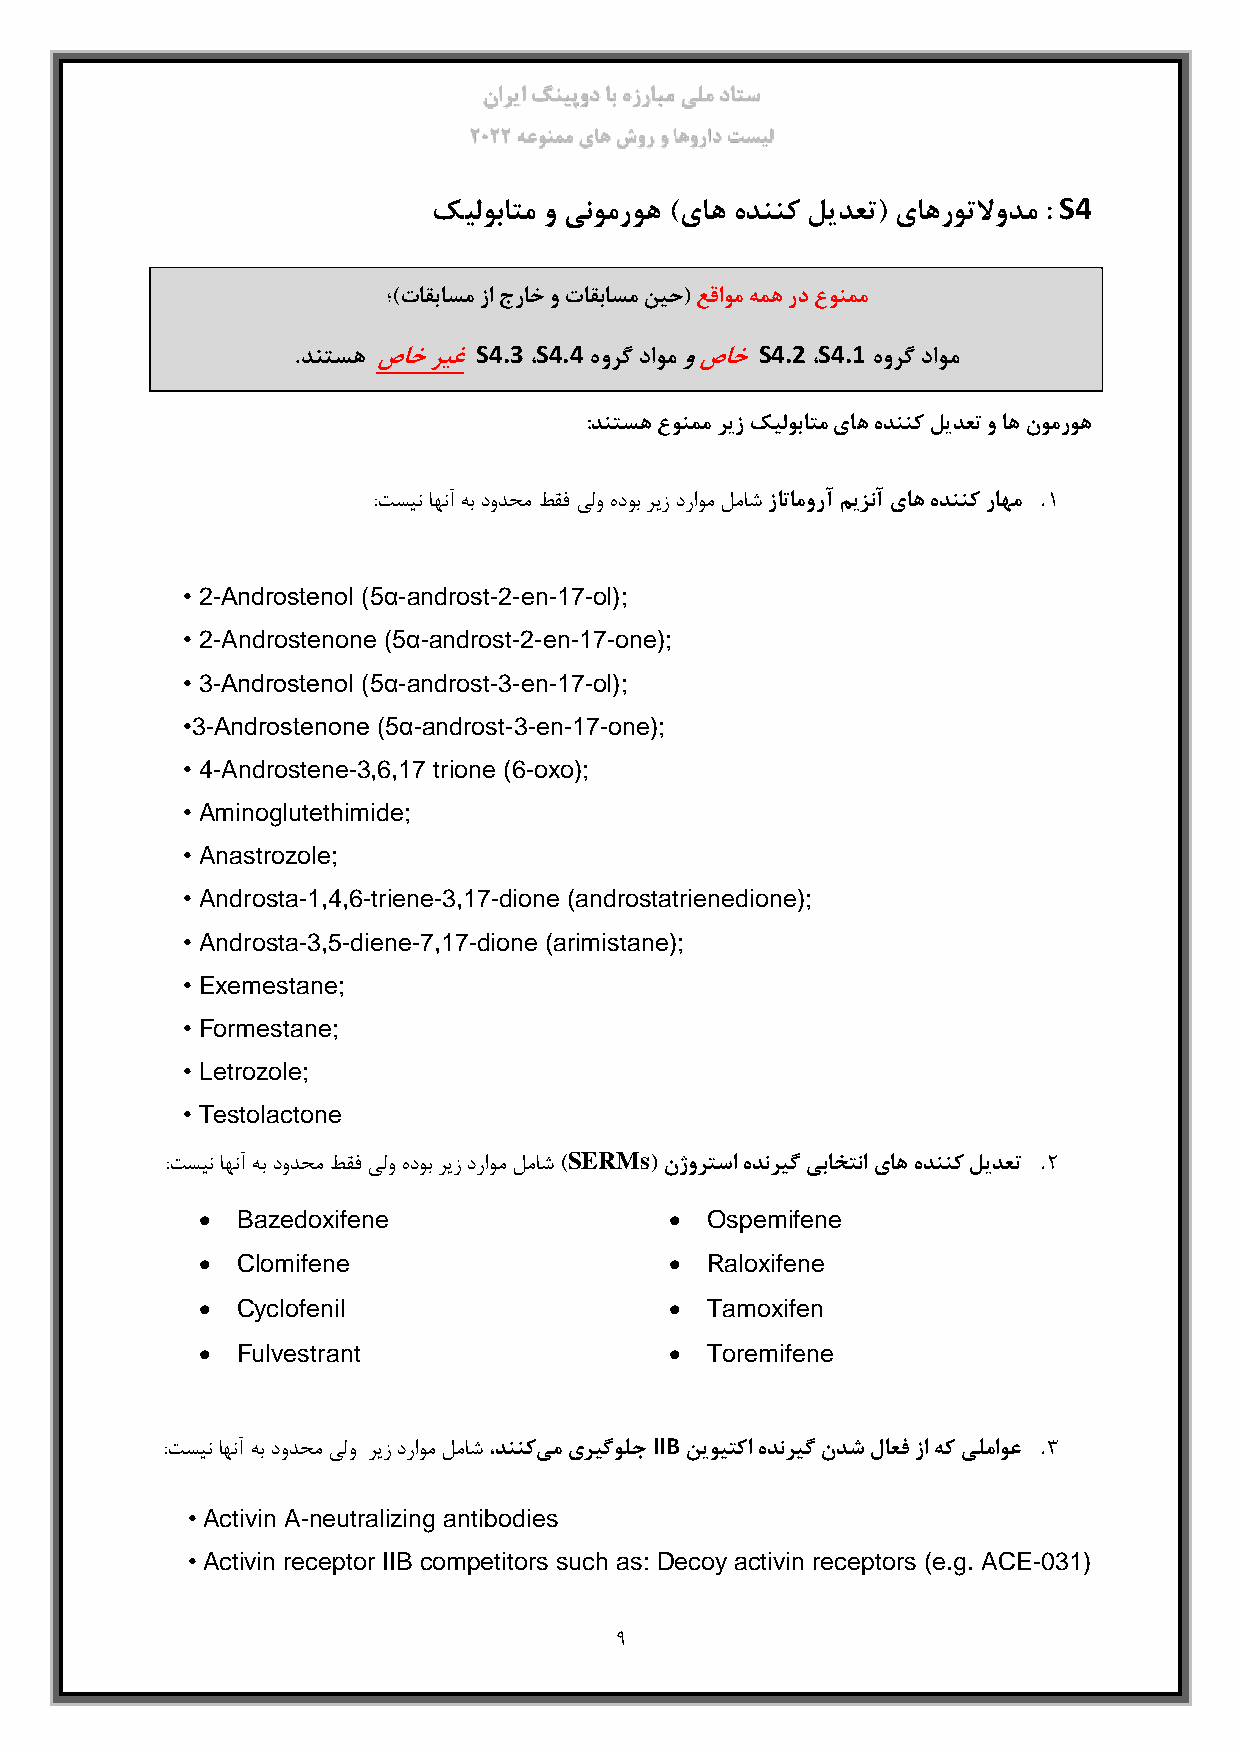
ناریا گنیپود اب هزرابم یلم داتس
 2022 هعونمم یاه شور و اهوراد تسیل
 S4
 کیلوباتم و ینومروه )یاه هدننک لیدعت( یاهروتلاودم :
 ؛)تاقباسم زا جراخ و تاقباسم نیح( عقاوم همه رد عونمم
 S4.3 S4.4         S4.2 S4.1
 .دنتسه صاخ ریغ  ،   هورگ داوم و صاخ ،  هورگ داوم
 :دنتسه عونمم ریز کیلوباتم یاه هدننک لیدعت و اه نومروه
 .
 :تسین اهنآ هب دودحم طقف یلو هدوب ریز دراوم لماش زاتامورآ میزنآ یاه هدننک راهم ۱
 • 2-Androstenol (5α-androst-2-en-17-ol);
 • 2-Androstenone (5α-androst-2-en-17-one);
 • 3-Androstenol (5α-androst-3-en-17-ol);
 •3-Androstenone (5α-androst-3-en-17-one);
 • 4-Androstene-3,6,17 trione (6-oxo);
 • Aminoglutethimide;
 • Anastrozole;
 • Androsta-1,4,6-triene-3,17-dione (androstatrienedione);
 • Androsta-3,5-diene-7,17-dione (arimistane);
 • Exemestane;
 • Formestane;
 • Letrozole;
 • Testolactone
 SERMs                          .
 :تسین اهنآ هب دودحم طقف یلو هدوب ریز دراوم لماش ) (نژورتسا هدنریگ یباختنا یاه هدننک لیدعت 2
   Bazedoxifene                  Ospemifene
   Clomifene                     Raloxifene
   Cyclofenil                    Tamoxifen
   Fulvestrant                   Toremifene
 IIB                       .
 :تسین اهنآ هب دودحم یلو ریز دراوم لماش ،دننکیم یریگولج نیویتکا هدنریگ ندش لاعف زا هک یلماوع 3
 • Activin A-neutralizing antibodies
 • Activin receptor IIB competitors such as: Decoy activin receptors (e.g. ACE-031)
 9